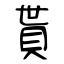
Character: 貰